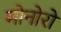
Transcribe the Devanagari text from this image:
मोनोरो